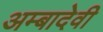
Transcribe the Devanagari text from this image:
अम्बादेवी